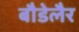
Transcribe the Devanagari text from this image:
बौडेलैर